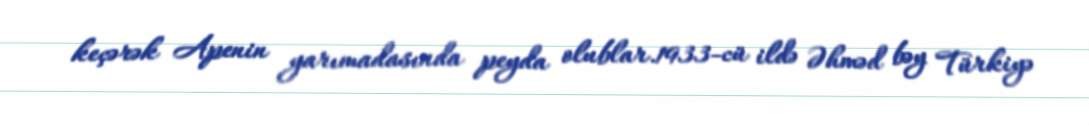
keçərək Apenin yarımadasında peyda olublar.1933-cü ildə Əhməd bəy Türkiyə